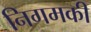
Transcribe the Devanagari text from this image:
निगमकी